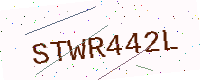
Text: STWR442L